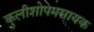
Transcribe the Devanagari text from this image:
कुलीशोपमसायक